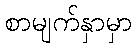
စာမျက်နှာမှာ